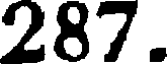
287.